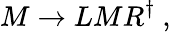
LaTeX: M\rightarrow LMR^{\dagger}~,